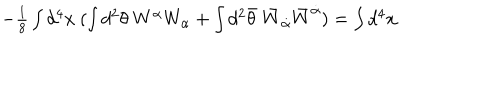
- \textstyle { \frac { 1 } { 8 } } \int d ^ { 4 } x ~ ( \int d ^ { 2 } \theta ~ W ^ { \alpha } W _ { \alpha } + \int d ^ { 2 } \bar { \theta } ~ \bar { W } _ { \dot { \alpha } } \bar { W } ^ { \dot { \alpha } } ) = \int d ^ { 4 } x ~